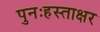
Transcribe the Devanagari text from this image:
पुनःहस्ताक्षर